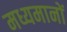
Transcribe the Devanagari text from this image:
मध्यमानों